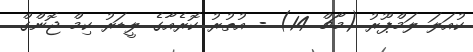
ކުއަލަ ލަމްޕޫރު (މާޗް 14) - އުތުރު ކޮރެއާގެ ލީޑަރު ކިމް ޖޮންގް